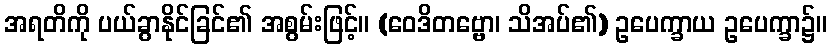
အရတိကို ပယ်ခွာနိုင်ခြင်၏ အစွမ်းဖြင့်။ (ဝေဒိတဗ္ဗော၊ သိအပ်၏) ဥပေက္ခာယ ဥပေက္ခာ၌။